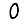
Digit: 0